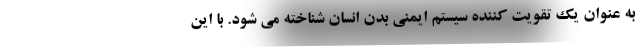
به عنوان یک تقویت کننده سیستم ایمنی بدن انسان شناخته می شود. با این